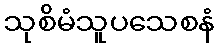
သုစိမံသူပသေစနံ